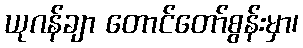
ယုဂန်ချာ တောင်တော်စွန်းမှာ၊